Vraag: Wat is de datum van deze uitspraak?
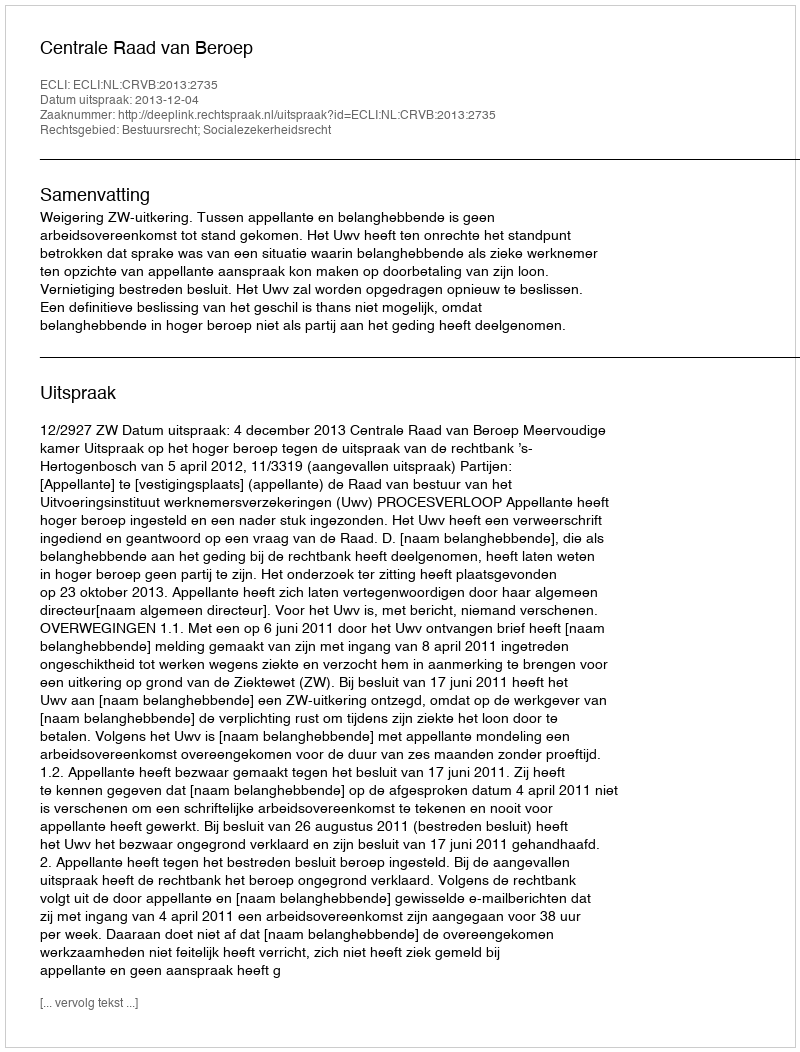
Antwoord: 2013-12-04